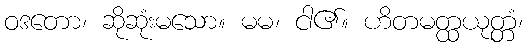
ဝဒတော၊ ဆိုဆုံးမသော။ မမ၊ ငါ၏။ ဟိတမတ္ထယုတ္တံ၊